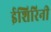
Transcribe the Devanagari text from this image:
ईशिरिनी